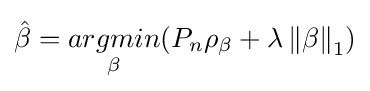
{\hat {\beta }}={\underset {\beta }{argmin}}(P_{n}\rho _{\beta }+\lambda \left\|\beta \right\|_{1})